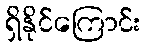
ရှိနိုင်ကြောင်း